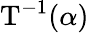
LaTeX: \mathrm{T}^{-1}(\alpha)